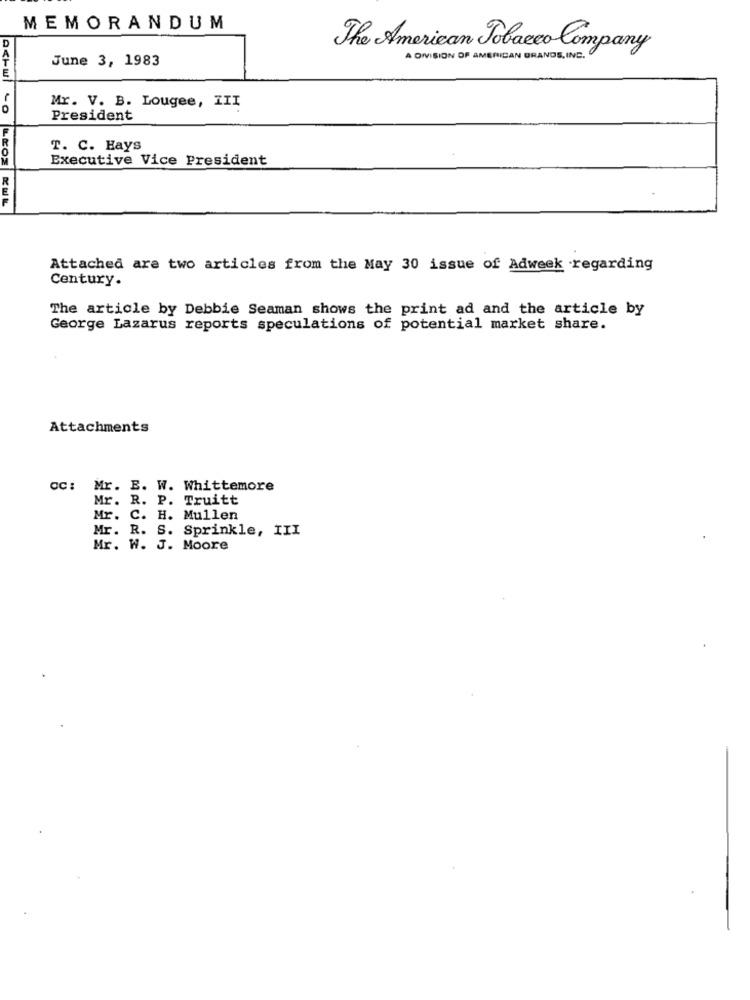
MEMORANDUM
D
The American Tobacco Company
June 3, 1983
A DIVISION OF AMERICAN GRANDE, INC.
Mr. V. B. Lougee, III
President
T. C. Hays
Executive Vice President
Attached are two articles from the May 30 issue of Adweek regarding
Century.
The article by Debbie Seaman shows the print ad and the article by
George Lazarus reports speculations of potential market share.
Attachments
CC: Mr. E. W. Whittemore
Mr. R. P. Truitt
C. H. Mullen
Mr. R. S. Sprinkle, III
Mr. W. J. Moore